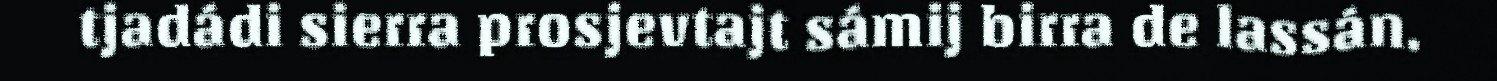
tjadádi sierra prosjevtajt sámij birra de lassán.